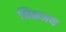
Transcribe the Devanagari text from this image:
निक्रमण